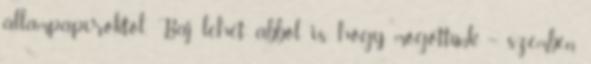
állampapíroktól. Baj lehet abból is, hogy mögöttünk – szemben